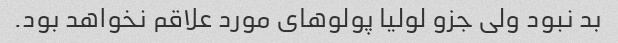
بد نبود ولی جزو لولیا پولوهای مورد علاقم نخواهد بود.